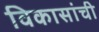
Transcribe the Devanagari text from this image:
विकासांची